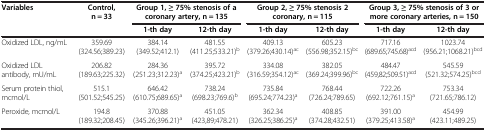
<table><thead><tr><td rowspan="2"><b>Variables</b></td><td rowspan="2"><b>Control, n = 33</b></td><td colspan="2"><b>Group 1, ≥ 75% stenosis of a coronary artery, n = 135</b></td><td colspan="2"><b>Group 2, ≥ 75% stenosis 2 coronary, n = 115</b></td><td colspan="2"><b>Group 3, ≥ 75% stenosis of 3 or more coronary arteries, n = 150</b></td></tr><tr><td><b>1-th day</b></td><td><b>12-th day</b></td><td><b>1-th day</b></td><td><b>12-th day</b></td><td><b>1-th day</b></td><td><b>12-th day</b></td></tr></thead><tbody><tr><td>Oxidized LDL, ng/mL</td><td>359.69 (324.56;389.23)</td><td>384.14 (349.52;412.1)</td><td>481.55 (411.25;533.21)<sup>b</sup></td><td>409.13 (379.26;430.14)<sup>ac</sup></td><td>605.23 (556.98;352.15)<sup>bc</sup></td><td>717.16 (689.65;745.68)<sup>acd</sup></td><td>1023.74 (956.21;1068.21)<sup>bcd</sup></td></tr><tr><td>Oxidized LDL antibody, mU/mL</td><td>206.82 (189.63;225.32)</td><td>284.36 (251.23;312.23)<sup>a</sup></td><td>395.72 (374.25;423.21)<sup>b</sup></td><td>334.08 (316.59;354.12)<sup>ac</sup></td><td>382.05 (369.24;399.96)<sup>bc</sup></td><td>484.47 (459,82;509.51)<sup>acd</sup></td><td>545.59 (521.32;574.25)<sup>bcd</sup></td></tr><tr><td>Serum protein thiol, mcmol/L</td><td>515.1 (501.52;545.25)</td><td>646.42 (610.75;689.65)<sup>a</sup></td><td>738.24 (698.23;769.6)<sup>b</sup></td><td>735.84 (695.24;774.23)<sup>a</sup></td><td>768.44 (726.24;789.65)</td><td>722.26 (692.12;761.15)<sup>a</sup></td><td>753.34 (721.65;786.12)</td></tr><tr><td>Peroxide, mcmol/L</td><td>194.8 (189.32;208.45)</td><td>370.88 (345.26;396.21)<sup>a</sup></td><td>451.05(423,89;478.21)</td><td>362.34 (326.25;386.25)<sup>a</sup></td><td>408.85 (374.28;432.51)</td><td>391.00 (379.25;413.58)<sup>a</sup></td><td>454.99 (423.11;489.25)</td></tr></tbody></table>